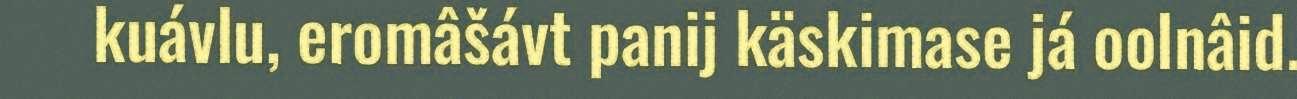
kuávlu, eromâšávt panij käskimase já oolnâid.